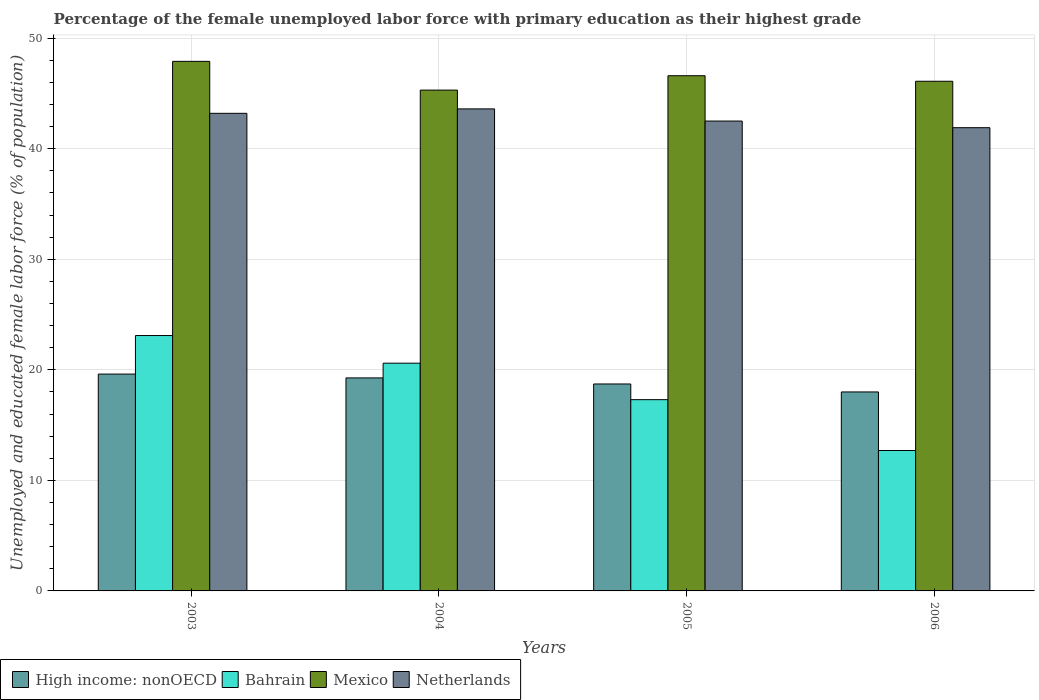
| Years | High income: nonOECD | Bahrain | Mexico | Netherlands |
 | --- | --- | --- | --- | --- |
 | 2003 | 19.6 | 23.1 | 47.9 | 43.2 |
 | 2004 | 19.3 | 20.6 | 45.3 | 43.6 |
 | 2005 | 18.7 | 17.3 | 46.6 | 42.5 |
 | 2006 | 18 | 12.7 | 46.1 | 41.9 |